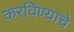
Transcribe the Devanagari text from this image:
करविण्याचे